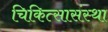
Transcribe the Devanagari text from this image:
चिकित्सासंस्था